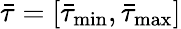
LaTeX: {{\bar{\tau}}}=\left[{\bar{\tau}_{\operatorname*{min}}},{\bar{\tau}_{\operatorname*{max}}}\right]